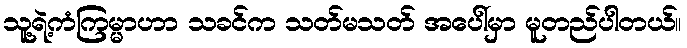
သူ့ရဲ့ကံကြမ္မာဟာ သခင်က သတ်မသတ် အပေါ်မှာ မူတည်ပါတယ်။